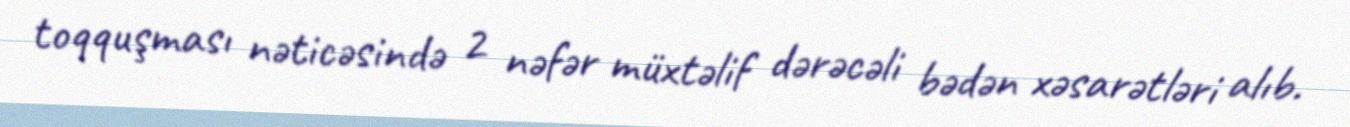
toqquşması nəticəsində 2 nəfər müxtəlif dərəcəli bədən xəsarətləri alıb.